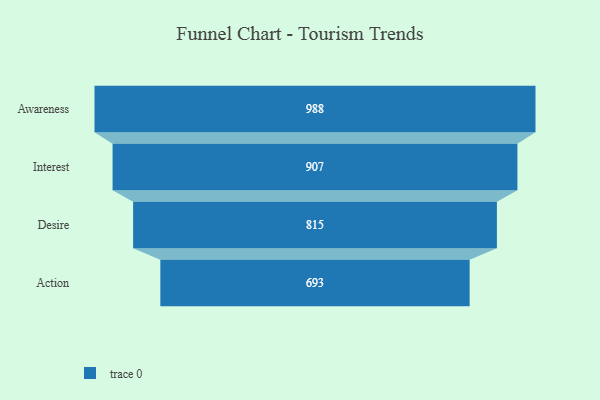
{"axis": {"x": "Stage", "y": "Value"}, "legend": [""], "data": [{"x": "Awareness", "y": 988.0, "type": ""}, {"x": "Interest", "y": 907.0, "type": ""}, {"x": "Desire", "y": 815.0, "type": ""}, {"x": "Action", "y": 693.0, "type": ""}]}